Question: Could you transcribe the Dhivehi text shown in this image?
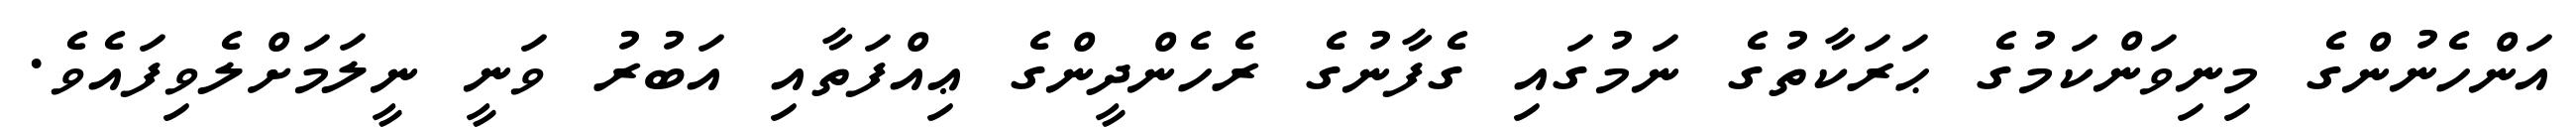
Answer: އަންހެނުންގެ މިނިވަންކަމުގެ ޙަރަކާތުގެ ނަމުގައި ގެފާނުގެ ރެހެންދީންގެ ޢިއްފަތާއި އަބުރު ވަނީ ނީލަމަށްލެވިފައެވެ.